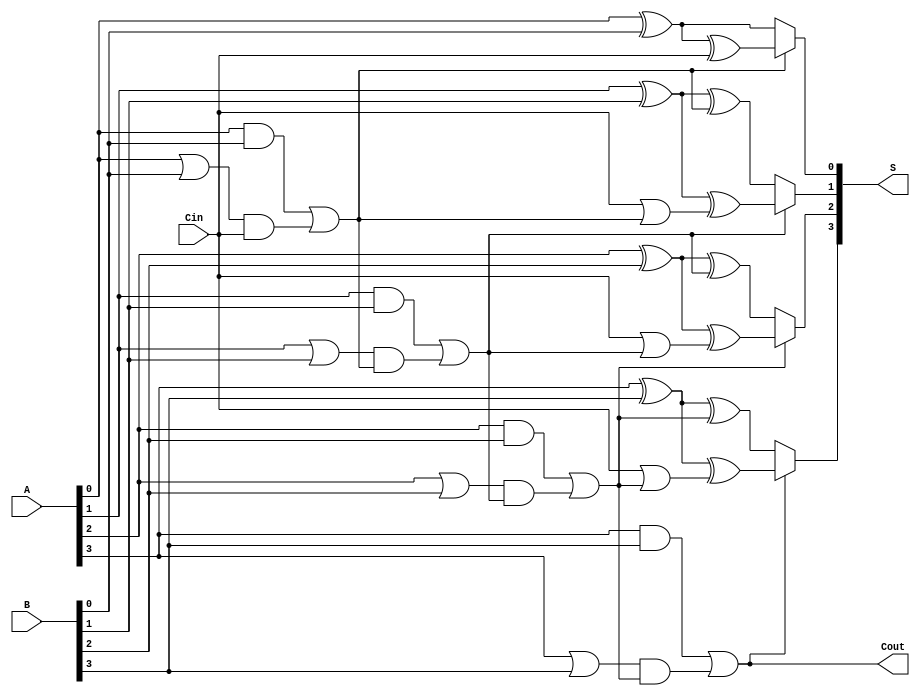
module ConditionalSumAdder #(parameter n = 4) (
    input  [n-1:0] A,      // First n-bit input
    input  [n-1:0] B,      // Second n-bit input
    input          Cin,     // Input carry
    output [n-1:0] S,      // n-bit sum output
    output         Cout     // Carry-out
);

    wire [n-1:0] S0;       // Sum if no carry is propagated
    wire [n-1:0] S1;       // Sum if carry is propagated
    wire [n-1:0] C;        // Carry signals for each bit
    wire [n-1:0] G;        // Generate signals
    wire [n-1:0] P;        // Propagate signals

    // Generate and propagate logic
    genvar i;
    generate
        for (i = 0; i < n; i = i + 1) begin : csa_bits
            if (i == 0) begin
                // Half adder for the least significant bit
                assign S0[i] = A[i] ^ B[i];
                assign S1[i] = A[i] ^ B[i] ^ Cin;
                assign G[i] = A[i] & B[i];
                assign P[i] = A[i] | B[i];
                assign C[i] = G[i] | (P[i] & Cin);
            end else begin
                // Full adder for subsequent bits
                assign S0[i] = A[i] ^ B[i] ^ C[i-1];
                assign S1[i] = A[i] ^ B[i] ^ (Cin | C[i-1]);
                assign G[i] = A[i] & B[i];
                assign P[i] = A[i] | B[i];
                assign C[i] = G[i] | (P[i] & C[i-1]);
            end
        end
    endgenerate

    // Select the final sum based on carry signals
    generate
        for (i = 0; i < n; i = i + 1) begin : sum_select
            assign S[i] = C[i] ? S1[i] : S0[i];
        end
    endgenerate

    // Final carry-out
    assign Cout = C[n-1];

endmodule